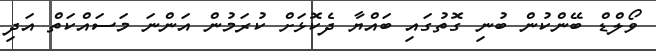
ވޯލްޑް ބޭންކުން ބުނި ގޮތުގައި ބައްޔާ ދެކޮޅަށް ކުރަމުން އަންނަ މަސައްކަތް އަދި